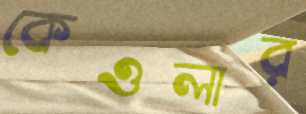
কেওলার